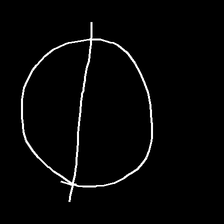
Glyph: orb